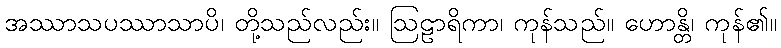
အဿာသပဿာသာပိ၊ တို့သည်လည်း။ ဩဠာရိကာ၊ ကုန်သည်။ ဟောန္တိ၊ ကုန်၏။